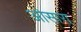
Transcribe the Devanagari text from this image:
ओसारा